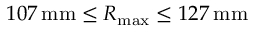
1 0 7 \, \mathrm { m m } \leq R _ { \mathrm { m a x } } \leq 1 2 7 \, \mathrm { m m }